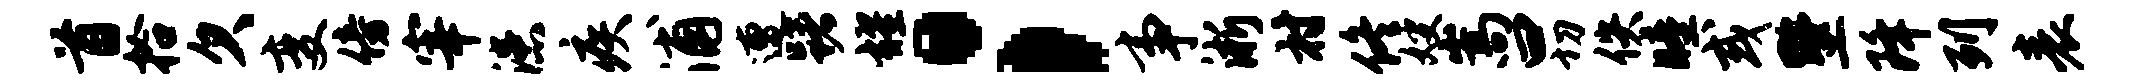
首拾欠变傍宰漶疾浦遭躇耀；事淅村佟嫂嵩曰切佚瞳或墅降列表